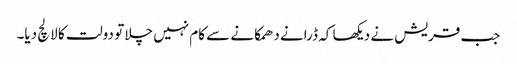
جب قریش نے دیکھا کہ ڈرانے دھمکانے سے کام نہیں چلا تو دولت کا لالچ دیا۔